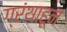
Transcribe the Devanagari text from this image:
ग्रंथाहून